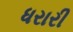
ધરારી